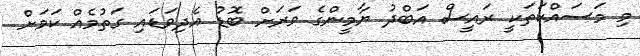
މި މަސައްކަތަކީ ރައީސް އަބްދު ޔާމީންގެ ވަރަށް ބޮޑު އެދިވަޑައި ގަތުމެއް ކަމަށް